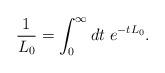
LaTeX: \begin{align*}\frac{1}{L_0} = \int_0^\infty dt \;e^{-tL_0}.\end{align*}